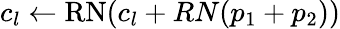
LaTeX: c_{l}\gets\mathrm{RN}(c_{l}+RN(p_{1}+p_{2}))